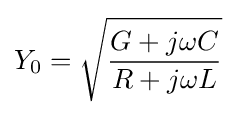
Y_{0}={\sqrt {\frac {G+j\omega C}{R+j\omega L}}}